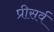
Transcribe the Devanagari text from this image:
प्रीसर्व